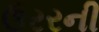
ઉરરની